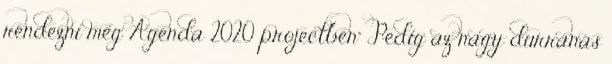
rendezni még Agenda 2020 projectben" Pedig az nagy durranás